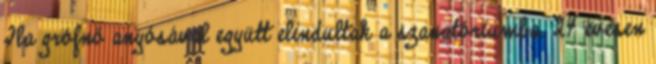
Ila grófnő anyósával együtt elindultak a szanatóriumba. 24 évesen